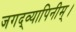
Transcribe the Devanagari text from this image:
जगद्व्यापिनीम्।